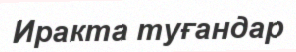
Иракта туғандар